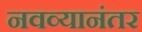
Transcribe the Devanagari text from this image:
नवव्यानंतर